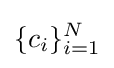
\{c_{i}\}_{i=1}^{N}